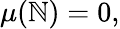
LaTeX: {\mu(\mathbb{N})=0},